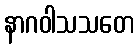
နာဂဝါသသတေ